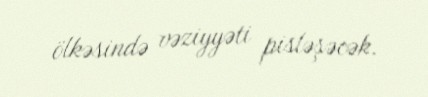
ölkəsində vəziyyəti pisləşəcək.